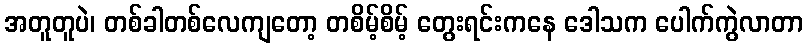
အတူတူပဲ၊ တစ်ခါတစ်လေကျတော့ တစိမ့်စိမ့် တွေးရင်းကနေ ဒေါသက ပေါက်ကွဲလာတာ